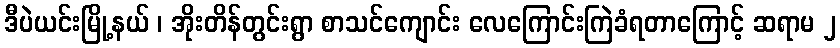
ဒီပဲယင်းမြို့နယ် ၊ အိုးတိန်တွင်းရွာ စာသင်ကျောင်း လေကြောင်းကြဲခံရတာကြောင့် ဆရာမ ၂